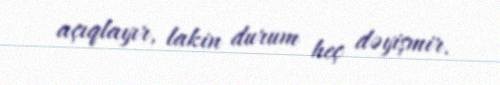
açıqlayır, lakin durum heç dəyişmir.